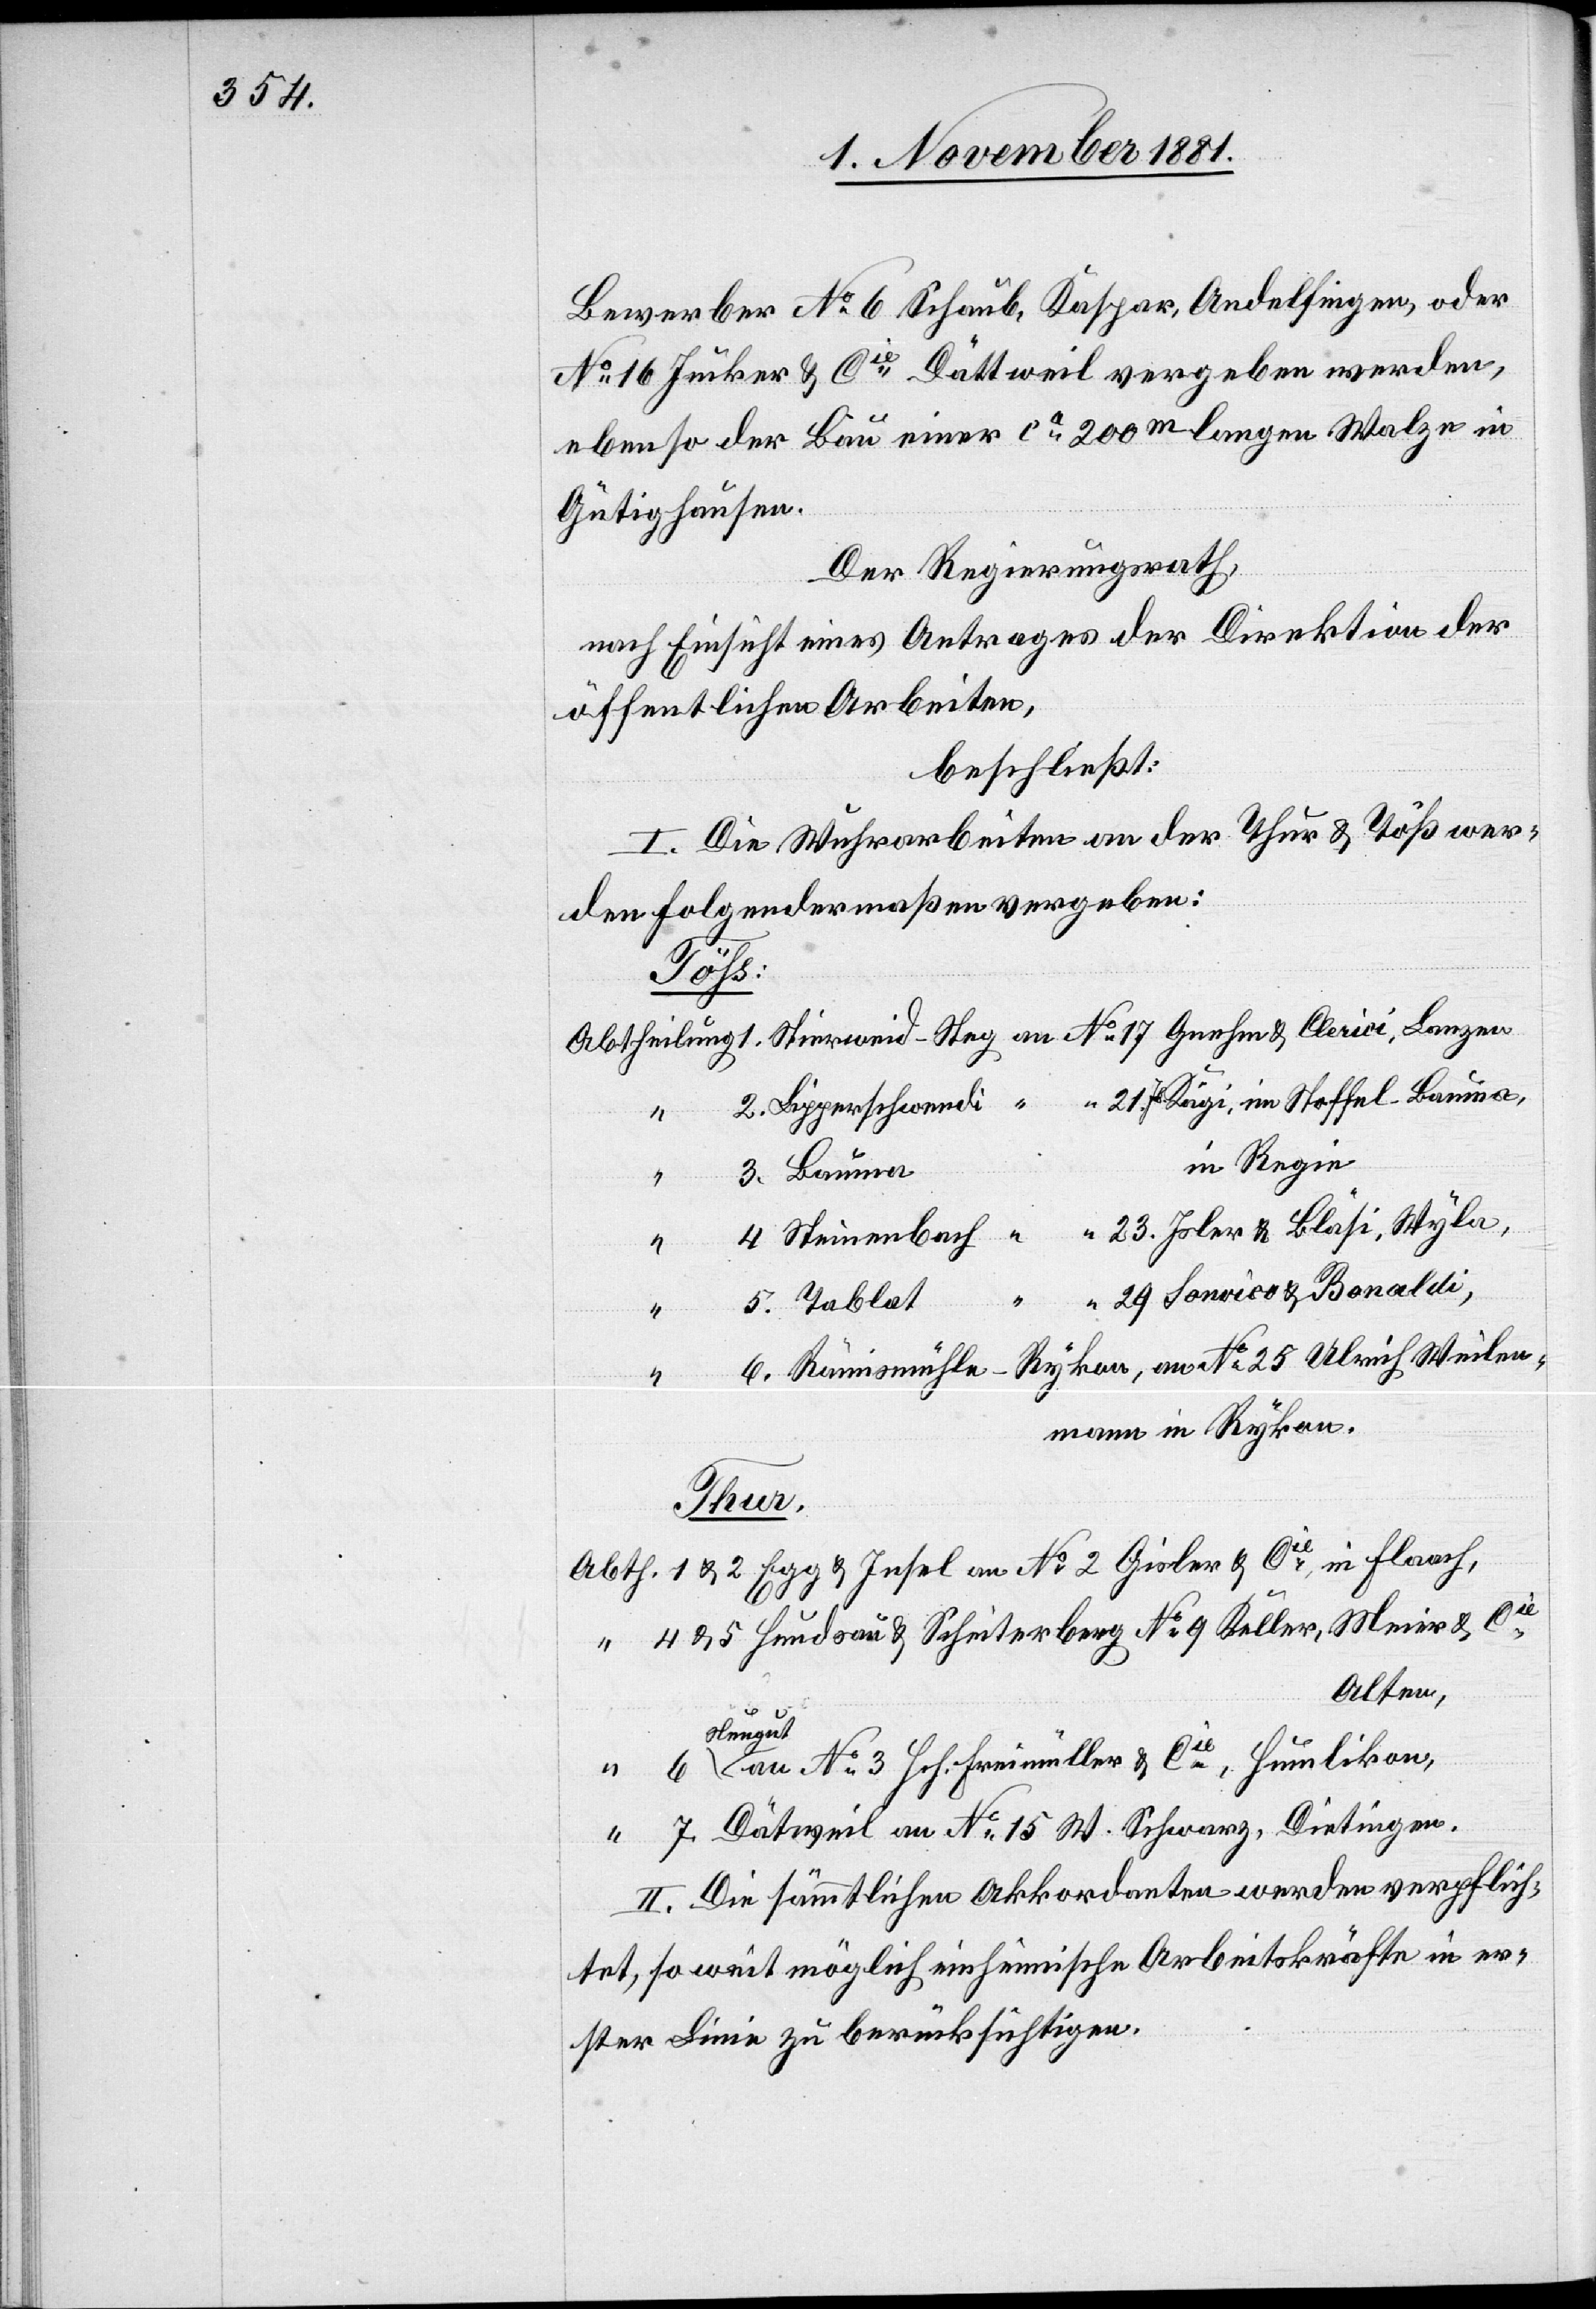
Bewerber No 6 Schaub, Kaspar, Andelfingen, oder
No 16 Jucker & Cie Dättweil vergeben werden,
ebenso der Bau einer ca 200m langen Walze in
Gütighausen.
Der Regierungsrath,
nach Einsicht eines Antrages der Direktion der
öffentlichen Arbeiten,
beschließt:
I. Die Wuhrarbeiten an der Thur & Töß wer¬
den folgendermaßen vergeben:
Töss:
Abtheilung 1. Stierweid-Steg an No 17 Gnehm & Clerici, Lanzen
2. Lipperschwendi “ “ 21. Js. Kägi, im Stoffel - Bauma,
n Regie
3. Bauma	i¬
“ 23. Isler & Bläsi, Wyla,
4. Steinenbach “
“ “ 29 Sonvico & Bonaldi,
5. Tablat
6. Rämismühle - Rykon, an No 25 Ulrich Weilen¬
mann in Rykon.
6 Neug¬
Abth. 1 & 2 Egg & Insel an No 2 Gisler & Cie in Flaach,
“ 4 & 5 Hundsau & Scheiterberg No 9 Keller, Meier & Cie
Alten,
ut an No 3 Hch. Freimüller & Cie, Humlikon,
“ 7 Dät[t]weil an No 15 W. Schwarz, Dietingen.
II. Die sämmtlichen Akkordanten werden verpflich¬
tet, so weit möglich einheimische Arbeitskräfte in er¬
ster Linie zu berücksichtigen.